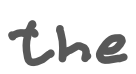
Text: the
Cross-out: clean
Writing tool: digital_gray